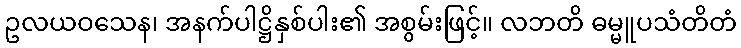
ဥလယဝသေန၊ အနက်ပါဋ္ဌိနှစ်ပါး၏ အစွမ်းဖြင့်။ လဘတိ ဓမ္မူပသံတိတံ